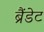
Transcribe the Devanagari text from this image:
ब्रैंडेट